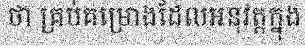
ថា គ្រប់គម្រោងដែលអនុវត្តក្នុង